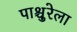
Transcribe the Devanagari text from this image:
पाश्चुरेला